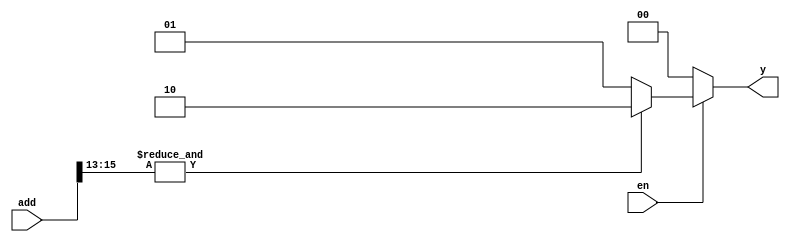
`timescale 1ns / 1ps
//////////////////////////////////////////////////////////////////////////////////
// Company: 
// Engineer: 
// 
// Design Name: 
// Module Name:    decoder 
// Project Name: 
// Target Devices: 
// Tool versions: 
// Description: 
//
// Dependencies: 
//
// Revision: 
// Revision 0.01 - File Created
// Additional Comments: 
//
//////////////////////////////////////////////////////////////////////////////////
module decoder(
    input [15:0] add,
    input en,
    output reg [1:0] y
    );

always@(*)
if(en) begin
if(&add[15:13]) y<=2'b10;
else            y<=2'b01;
end
else   y<=2'b00;
endmodule